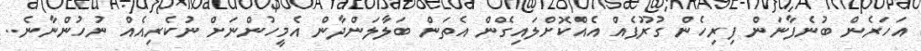
އަހަރެން ބުނެފާނަން ފިރިހެން ގުރޫޕެއް އެއްކޮށްލައިގެން އެތަން ބަލާލަންދާން އެމީހުންނަށް ނުކެރިއެއް ނުހުންނާނެ..